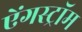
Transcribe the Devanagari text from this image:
ऐंगस्ट्रॉम